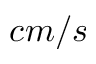
c m / s